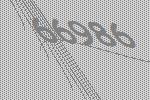
66986